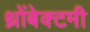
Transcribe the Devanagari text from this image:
थ्रोंबेक्टमी